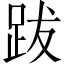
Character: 跋